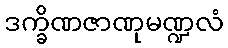
ဒက္ခိဏဇာဏုမဏ္ဍလံ